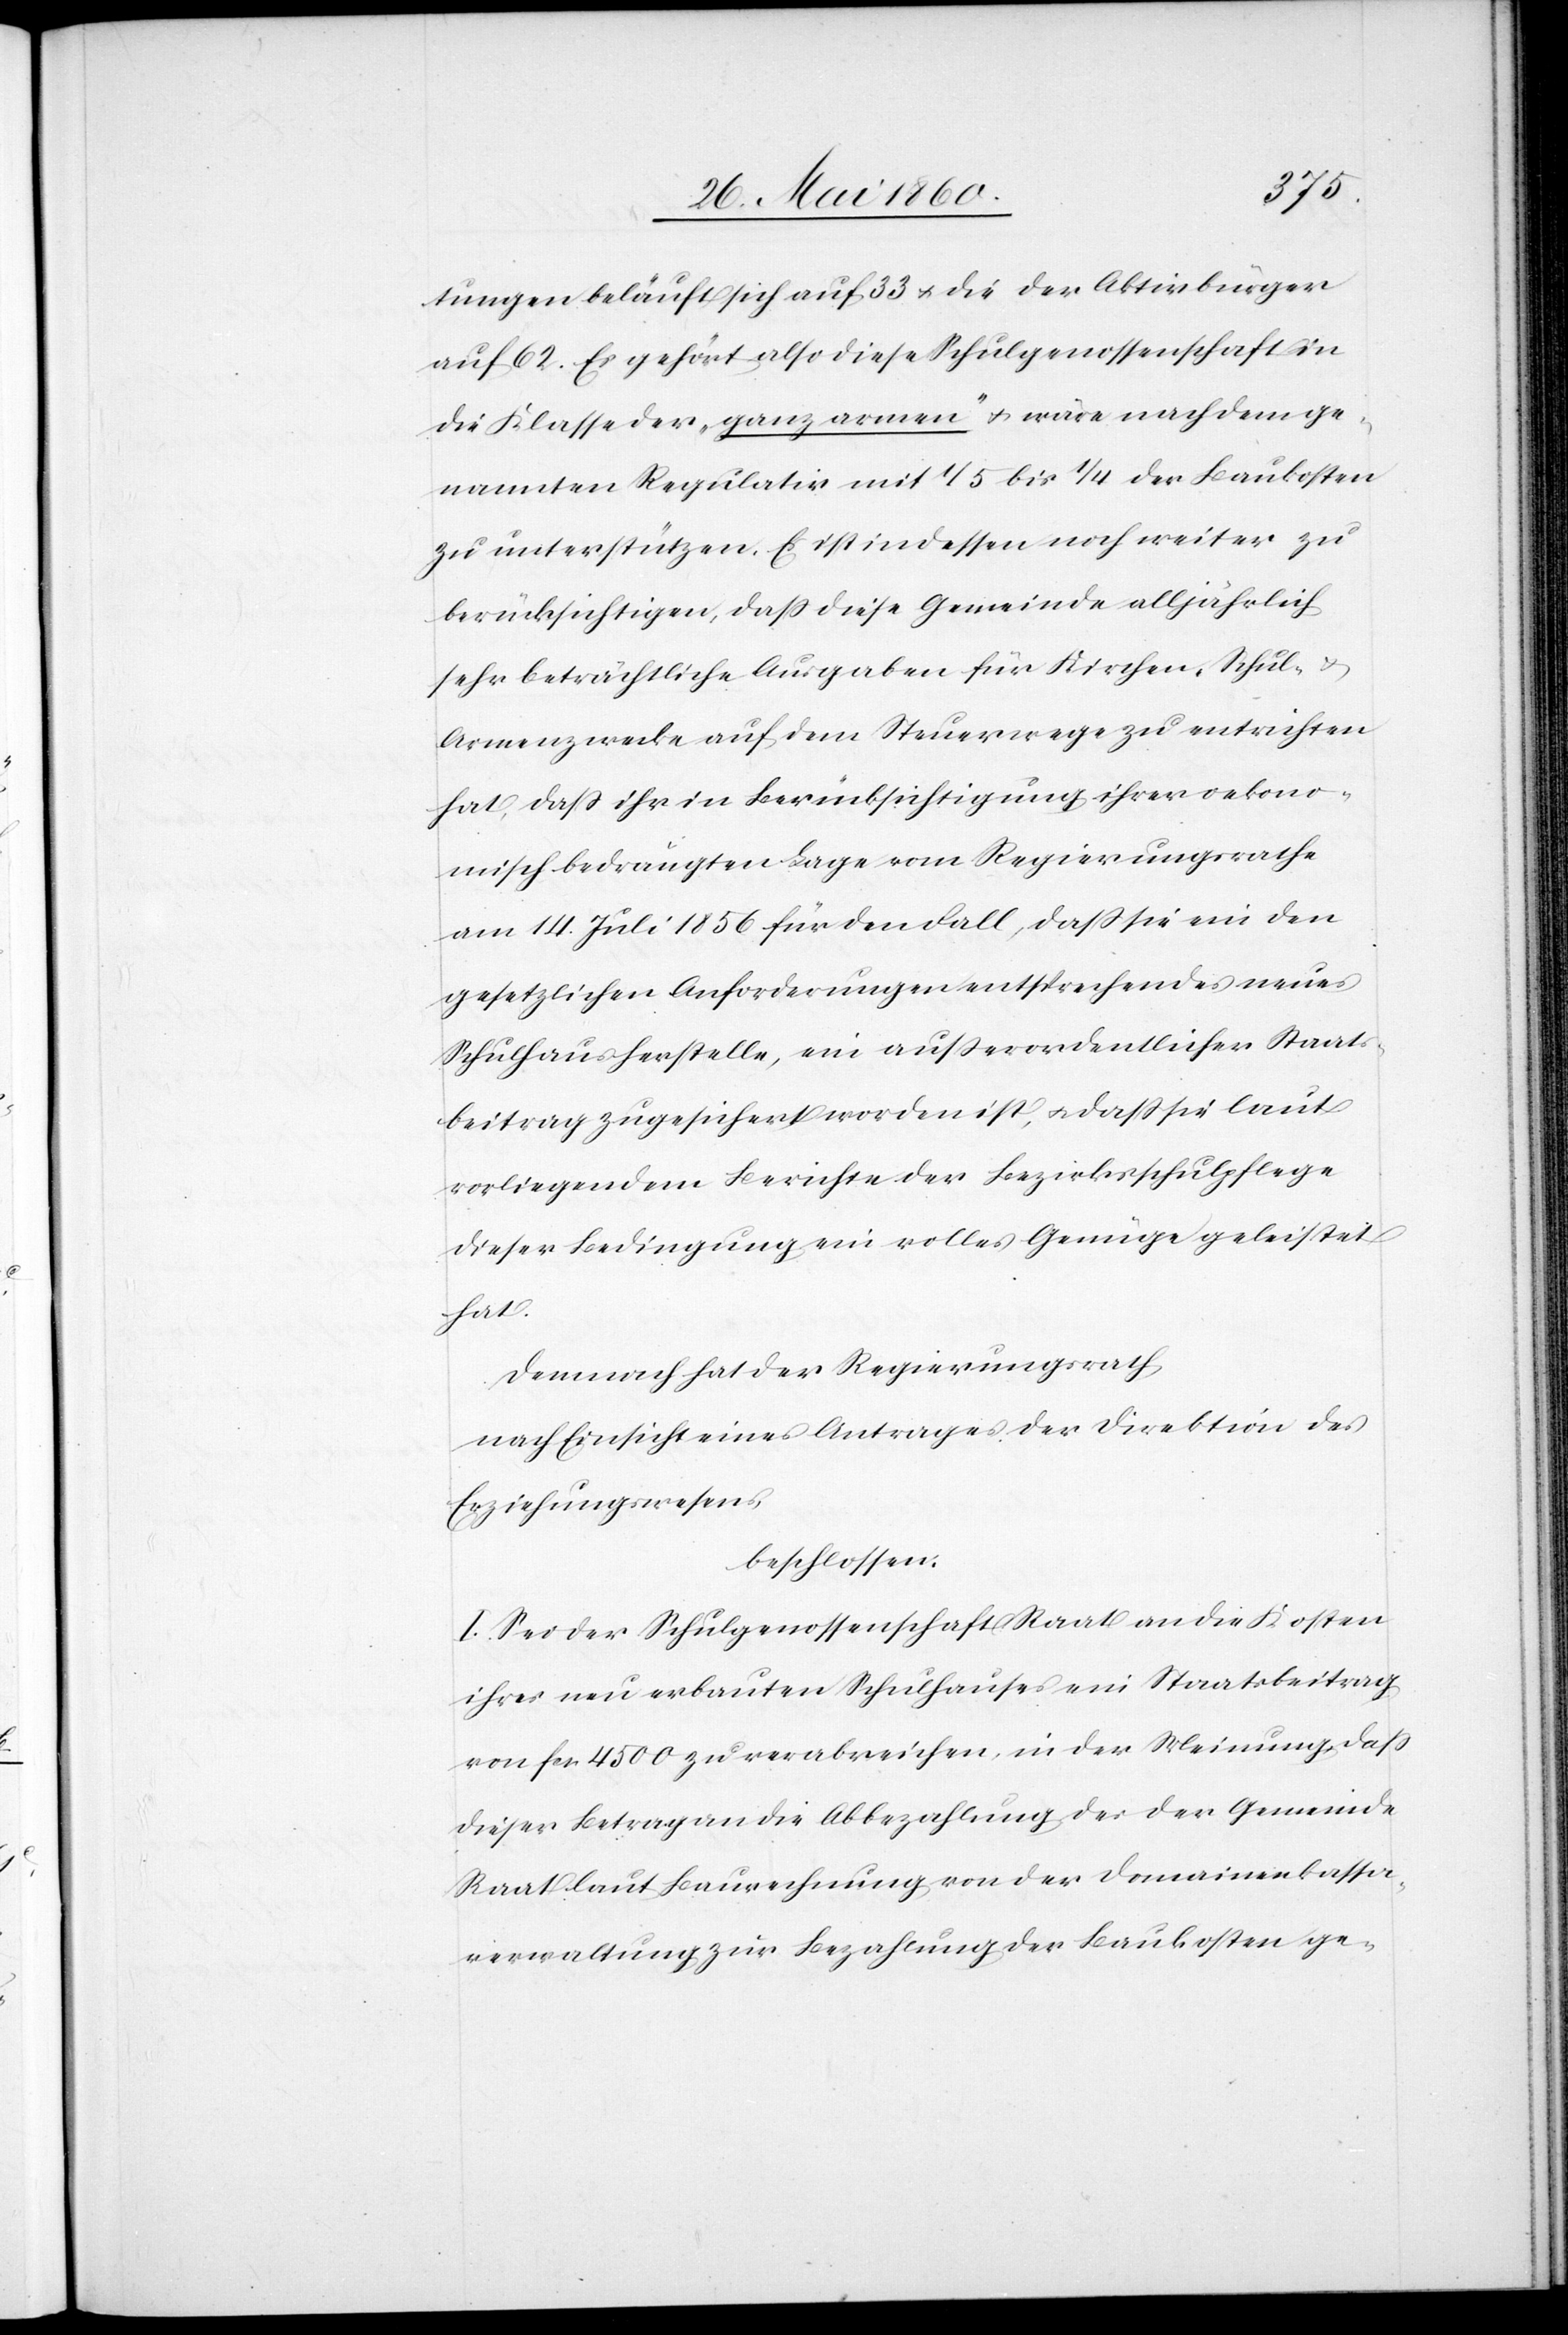
tungen beläuft sich auf 33 u. die der Aktivbürger
auf 62. Es gehört also diese Schulgenossenschaft in
die Klasse der „ganz armen“ u. wäre nach dem ge¬
nannten Regulativ mit 1/5 bis 1/4 der Baukosten
zu unterstützen. Es ist indessen noch weiter zu
berücksichtigen, dass diese Gemeinde alljährlich
sehr beträchtliche Ausgaben für Kirchen-[,] Schul- u.
Armenzwecke auf dem Steuerwege zu entrichten
hat, dass ihr in Berücksichtigung ihrer oekono¬
misch bedrängten Lage vom Regierungsrathe
am 14. Juli 1856 für den Fall, dass sie ein
gesetzlichen Anforderungen entsprechendes neues
Schulhaus herstelle, ein ausserordentlicher Staats¬
beitrag zugesichert worden ist, u. dass sie laut
vorliegendem Berichte der Bezirksschulpflege
dieser Bedingung ein volles Genüge geleistet
hat.
Demnach hat der Regierungsrath,
nach Einsicht eines Antrages der Direktion des
Erziehungswesens,
beschlossen:
I. Sei der Schulgenossenschaft Raat an die Kosten
ihres neu erbauten Schulhauses ein Staatsbeitrag
von fcs. 4500 zu verabreichen, in der Meinung, dass
dieser Betrag an die Abbezahlung des der Gemeinde
Raat laut Baurechnung von der Domainenkassa¬
verwaltung zur Bezahlung der Baukosten ge-